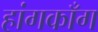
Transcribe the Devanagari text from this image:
हांगकाँग